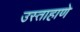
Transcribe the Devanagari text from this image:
उस्ताहाणे